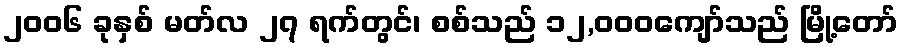
၂၀၀၆ ခုနှစ် မတ်လ ၂၇ ရက်တွင်၊ စစ်သည် ၁၂,၀၀၀ကျော်သည် မြို့တော်